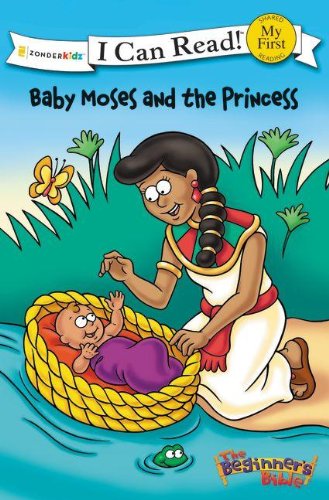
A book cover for Baby Moses and the Princess (I Can Read! / The Beginner's Bible); Christian Books & Bibles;